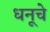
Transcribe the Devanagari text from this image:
धनूचे